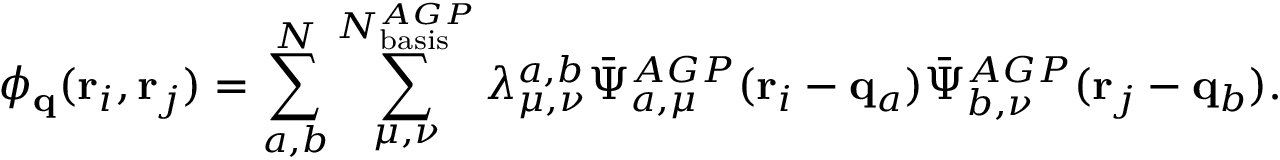
\phi _ { \mathbf { q } } ( \mathbf { r } _ { i } , \mathbf { r } _ { j } ) = \sum _ { a , b } ^ { N } \sum _ { \mu , \nu } ^ { N _ { \mathrm { b a s i s } } ^ { A G P } } \lambda _ { \mu , \nu } ^ { a , b } \bar { \Psi } _ { a , \mu } ^ { A G P } ( \mathbf { r } _ { i } - \mathbf { q } _ { a } ) \bar { \Psi } _ { b , \nu } ^ { A G P } ( \mathbf { r } _ { j } - \mathbf { q } _ { b } ) .